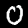
Label: 0